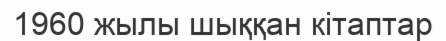
1960 жылы шыққан кітаптар